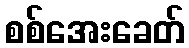
စစ်အေးခေတ်